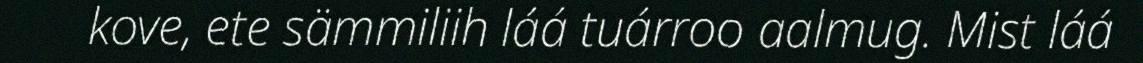
kove, ete sämmiliih láá tuárroo aalmug. Mist láá